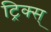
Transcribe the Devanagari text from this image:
ट्रिक्स्